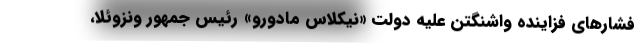
فشارهای فزاینده واشنگتن علیه دولت «نیکلاس مادورو» رئیس جمهور ونزوئلا،